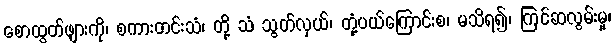
စောထွတ်ဖျားကို၊ စကားတင်းသံ၊ တို့ သံ သွတ်လှယ်၊ တုံ့ပယ်ကြောင်းစ၊ မသိရ၍၊ ကြင်ဆလွမ်းမှု၊